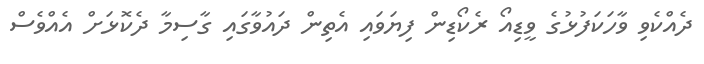
ދެއްކެވި ވާހަކަފުޅުގެ ވީޑިއޯ ރެކޯޑިން ފިޔަވައި އެތިން ދައުވާގައި ގާސިމާ ދެކޮޅަށް އެއްވެސް